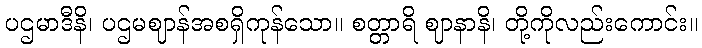
ပဌမာဒီနိ၊ ပဌမဈာန်အစရှိကုန်သော။ စတ္တာရိ ဈာနာနိ၊ တို့ကိုလည်းကောင်း။